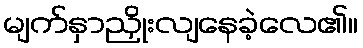
မျက်နှာညှိုးလျနေခဲ့လေ၏။